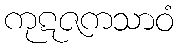
ကုဋဇကသာဝံ